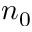
n _ { 0 }